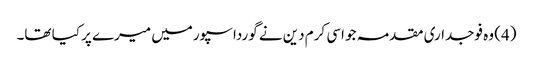
(4) وہ فوجداری مقدمہ جو اسی کرم دین نے گورداسپورمیں میرے پر کیا تھا۔